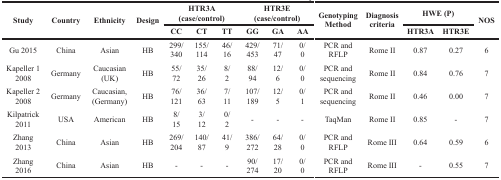
<table><thead><tr><td rowspan="2"><b>Study</b></td><td rowspan="2"><b>Country</b></td><td rowspan="2"><b>Ethnicity</b></td><td rowspan="2"><b>Design</b></td><td colspan="3"><b>HTR3A(case/control)</b></td><td colspan="3"><b>HTR3E(case/control)</b></td><td rowspan="2"><b>Genotyping Method</b></td><td rowspan="2"><b>Diagnosis criteria</b></td><td colspan="2"><b>HWE (P)</b></td><td rowspan="2"><b>NOS</b></td></tr><tr><td><b>CC</b></td><td><b>CT</b></td><td><b>TT</b></td><td><b>GG</b></td><td><b>GA</b></td><td><b>AA</b></td><td><b>HTR3A</b></td><td><b>HTR3E</b></td></tr></thead><tbody><tr><td>Gu 2015</td><td>China</td><td>Asian</td><td>HB</td><td>299/340</td><td>155/114</td><td>46/16</td><td>429/453</td><td>71/47</td><td>0/0</td><td>PCR andRFLP</td><td>Rome II</td><td>0.87</td><td>0.27</td><td>6</td></tr><tr><td>Kapeller 1 2008</td><td>Germany</td><td>Caucasian (UK)</td><td>HB</td><td>55/72</td><td>35/26</td><td>8/2</td><td>88/94</td><td>12/6</td><td>0/0</td><td>PCR andsequencing</td><td>Rome II</td><td>0.84</td><td>0.76</td><td>7</td></tr><tr><td>Kapeller 2 2008</td><td>Germany</td><td>Caucasian,(Germany)</td><td>HB</td><td>76/121</td><td>36/63</td><td>7/11</td><td>107/189</td><td>12/5</td><td>0/1</td><td>PCR andsequencing</td><td>Rome II</td><td>0.46</td><td>0.00</td><td>7</td></tr><tr><td>Kilpatrick 2011</td><td>USA</td><td>American</td><td>HB</td><td>8/15</td><td>3/12</td><td>0/2</td><td>-</td><td>-</td><td>-</td><td>TaqMan</td><td>Rome II</td><td>0.85</td><td>-</td><td>7</td></tr><tr><td>Zhang 2013</td><td>China</td><td>Asian</td><td>HB</td><td>269/204</td><td>140/87</td><td>41/9</td><td>386/272</td><td>64/28</td><td>0/0</td><td>PCR andRFLP</td><td>Rome III</td><td>0.64</td><td>0.59</td><td>6</td></tr><tr><td>Zhang 2016</td><td>China</td><td>Asian</td><td>HB</td><td>-</td><td>-</td><td>-</td><td>90/274</td><td>17/20</td><td>0/0</td><td>PCR andRFLP</td><td>Rome III</td><td>-</td><td>0.55</td><td>7</td></tr></tbody></table>